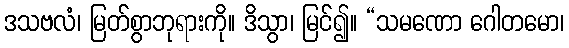
ဒသဗလံ၊ မြတ်စွာဘုရားကို။ ဒိသွာ၊ မြင်၍။ “သမဏော ဂေါတမော၊